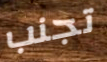
تجنب